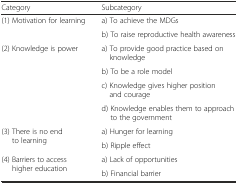
| Category | Subcategory |
 | --- | --- |
 | <ROWSPAN=2> (1) Motivation for learning | a) To achieve the MDGs |
 | b) To raise reproductive health awareness |
 | <ROWSPAN=4> (2) Knowledge is power | a) To provide good practice based on knowledge |
 | b) To be a role model |
 | c) Knowledge gives higher position and courage |
 | d) Knowledge enables them to approach to the government |
 | <ROWSPAN=2> (3) There is no end to learning | a) Hunger for learning |
 | b) Ripple effect |
 | <ROWSPAN=2> (4) Barriers to access higher education | a) Lack of opportunities |
 | b) Financial barrier |